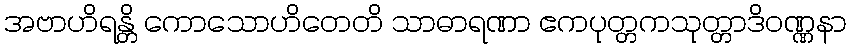
အဗာဟိရန္တိ ကောသောဟိတေတိ သာဓာရဏာ ဧကပုတ္တကသုတ္တာဒိဝဏ္ဏနာ